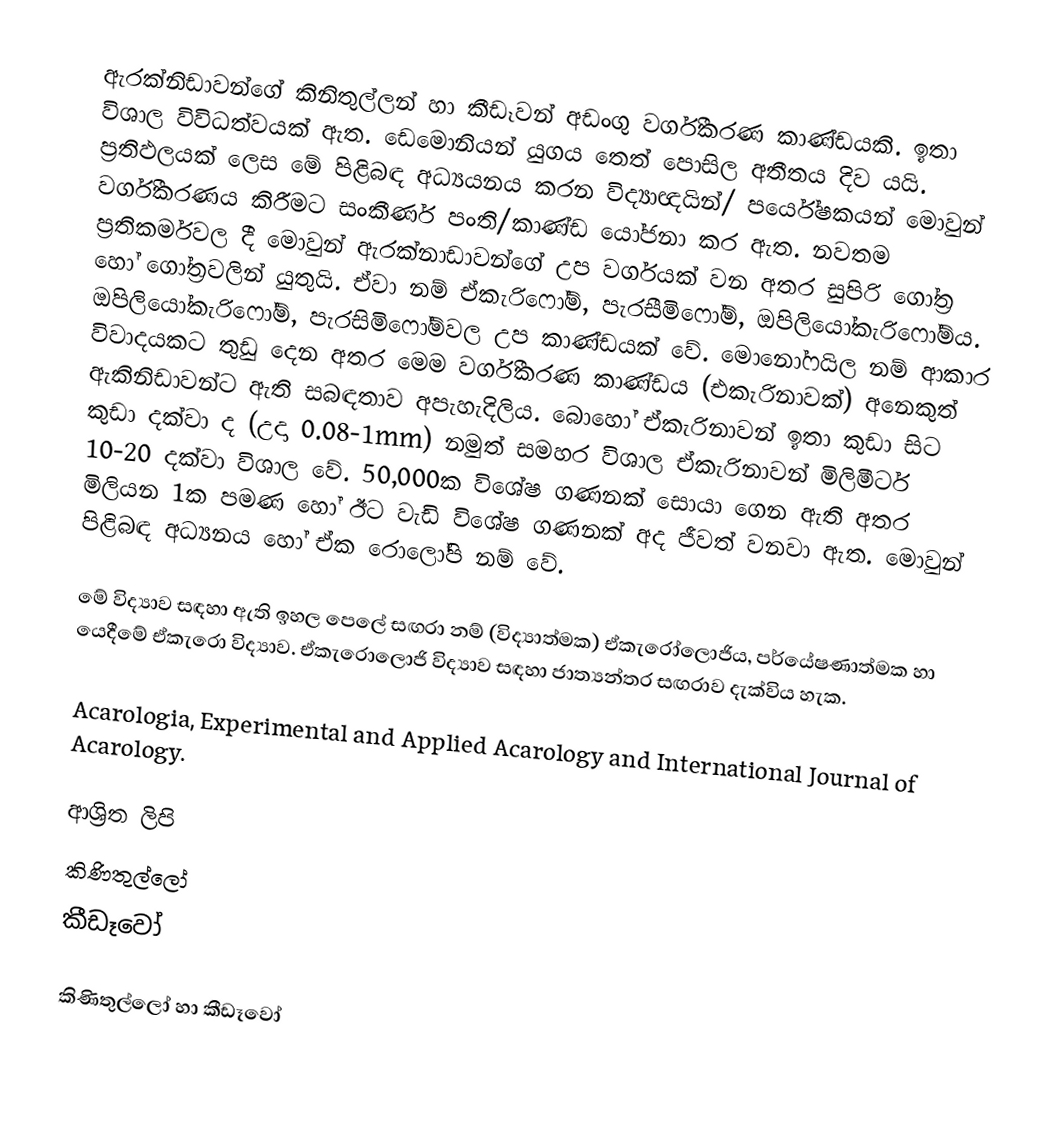
ඇරක්නිඩාවන්ගේ කිනිතුල්ලන් හා කීඩෑවන් අඩංගු වර්ගීකරණ කාණ්ඩයකි. ඉතා විශාල විවිධත්වයක් ඇත. ඩෙමොනියන් යුගය තෙත් පොසිල අතීතය දිව යයි. ප්‍රතිඵලයක් ලෙස මේ පිළිබඳ අධ්‍යයනය කරන විද්‍යාඥයින්/ පර්යේෂකයන් මොවුන් වර්ගීකරණය කිරීමට සංකීර්ණ පංති/කාණ්ඩ යෝජනා කර ඇත. නවතම ප්‍රතිකර්මවල දී මොවුන් ඇරක්නාඩාවන්ගේ උප වර්ගයක් වන අතර සුපිරි ගෝත්‍ර හෝ ගෝත්‍රවලින් යුතුයි. ඒවා නම් ඒකැරිෆෝම්, පැරසීමිෆෝම්, ඔපිලියෝකැරිෆෝම්ය. ඔපිලියෝකැරිෆෝම්, පැරසිමිෆෝම්වල උප කාණ්ඩයක් වේ. මොනෝෆයිල නම් ආකාර විවාදයකට තුඩු දෙන අතර මෙම වර්ගීකරණ කාණ්ඩය (එකැරිනාවක්) අනෙකුත් ඇකිනිඩාවන්ට ඇති සබඳතාව අපැහැදිලිය. බොහෝ ඒකැරිනාවන් ඉතා කුඩා සිට කුඩා දක්වා ද (උදා 0.08-1mm) නමුත් සමහර විශාල ඒකැරිනාවන් මිලිමීටර් 10-20 දක්වා විශාල වේ. 50,000ක විශේෂ ගණනක් සොයා ගෙන ඇති අතර මිලියන 1ක පමණ හෝ ඊට වැඩි විශේෂ ගණනක් අද ජීවත් වනවා ඇත. මොවුන් පිළිබඳ අධ්‍යනය හෝ ඒක රොලෝපි නම් වේ.

මේ විද්‍යාව සඳහා ඇති ඉහල පෙලේ සඟරා නම් (විද්‍යාත්මක) ඒකැරෝලොජිය, පර්යේෂණාත්මක හා යෙදීමේ ඒකැරො විද්‍යාව. ඒකැරොලොජි විද්‍යාව සඳහා ජාත්‍යන්තර සඟරාව දැක්විය හැක.

Acarologia, Experimental and Applied Acarology and International Journal of Acarology.

ආශ්‍රිත ලිපි
කිණිතුල්ලෝ
කීඩෑවෝ

කිණිතුල්ලෝ හා කීඩෑවෝ